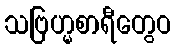
သဗြဟ္မစာရီတွေဝ